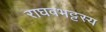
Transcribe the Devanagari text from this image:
राघवभट्टस्य